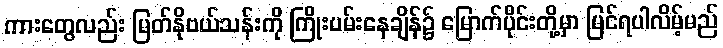
ကားတွေလည်း မြတ်နိုဗယ်သန်းကို ကြိုးပမ်းနေချိန်၌ မြောက်ပိုင်းတို့မှာ မြင်ရပါလိမ့်မည်